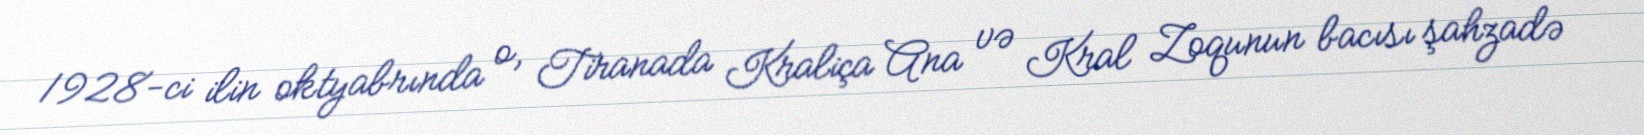
1928-ci ilin oktyabrında o, Tiranada Kraliça Ana və Kral Zoqunun bacısı şahzadə